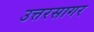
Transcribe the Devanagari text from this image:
उत्तरसागर